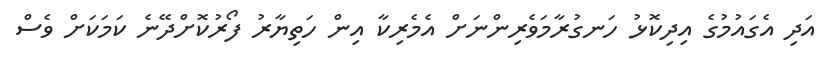
އަދި އެގައުމުގެ އިދިކޮޅު ހަނގުރާމަވެރިންނަށް އެމެރިކާ އިން ހަތިޔާރު ފޯރުކޮށްދޭނެ ކަމަކަށް ވެސް